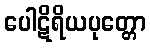
ပေါဋိရိယပုတ္တော